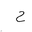
Letter: _ha